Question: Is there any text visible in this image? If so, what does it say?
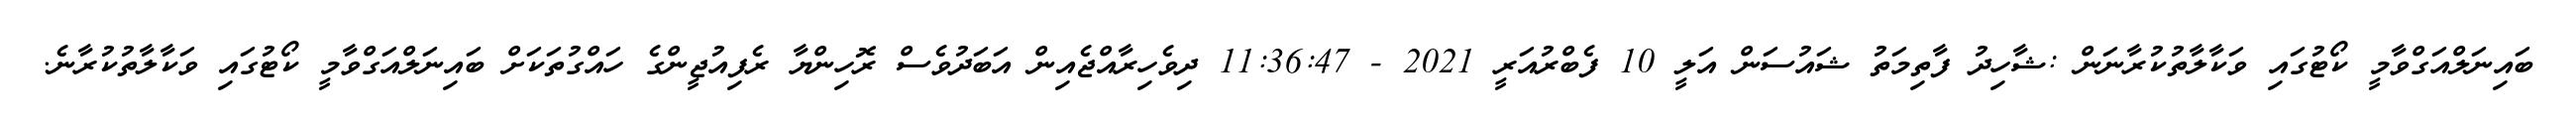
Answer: ބައިނަލްއަގްވާމީ ކޯޓުގައި ވަކާލާތުކުރާނަން :ޝާހިދު ފާތިމަތު ޝައުސަން އަލީ 10 ފެބްރުއަރީ 2021 - 11:36:47 ދިވެހިރާއްޖެއިން އަބަދުވެސް ރޮހިންޔާ ރެފިއުޖީންގެ ހައްގުތަކަށް ބައިނަލްއަގްވާމީ ކޯޓުގައި ވަކާލާތުކުރާނެ.